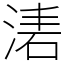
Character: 湱